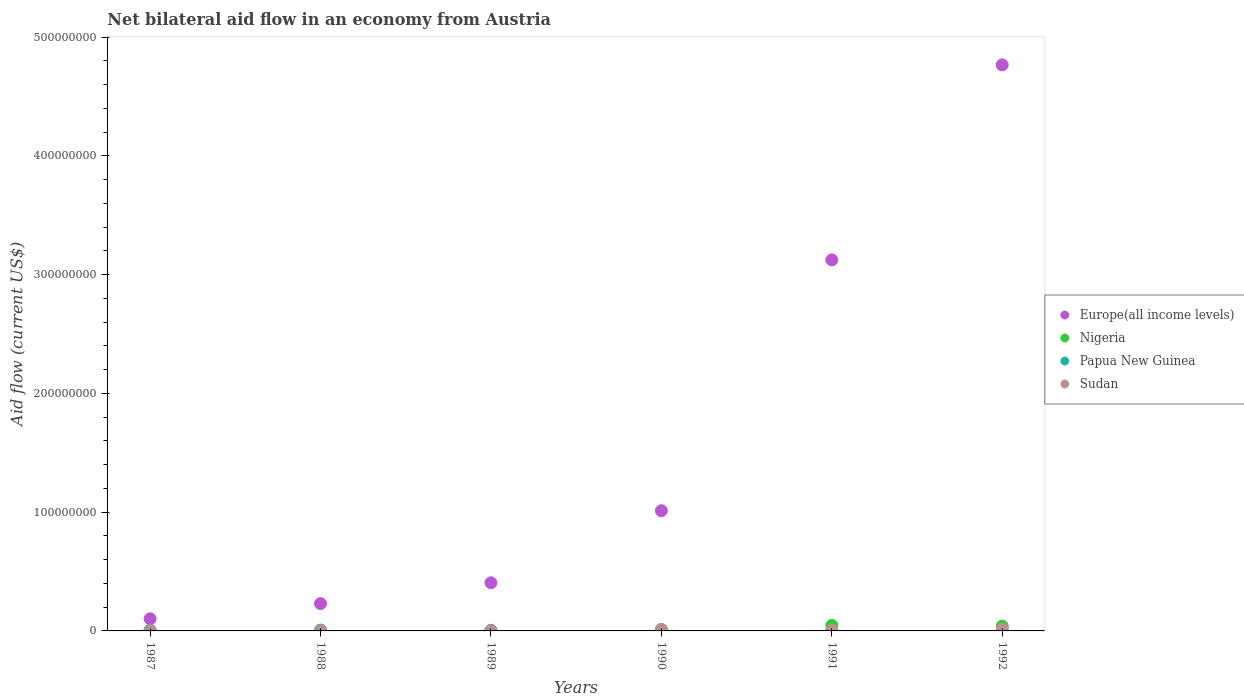
| Years | Europe(all income levels) | Nigeria | Papua New Guinea | Sudan |
 | --- | --- | --- | --- | --- |
 | 1987 | 1.02e+07 | 6.7e+05 | 6.4e+05 | 1.6e+05 |
 | 1988 | 2.3e+07 | 6.6e+05 | 5.4e+05 | 2.5e+05 |
 | 1989 | 4.05e+07 | 2.5e+05 | 5.2e+05 | 3.1e+05 |
 | 1990 | 1.01e+08 | 1.24e+06 | 5.7e+05 | 1.15e+06 |
 | 1991 | 3.12e+08 | 4.63e+06 | 4.2e+05 | 6e+05 |
 | 1992 | 4.77e+08 | 4.07e+06 | 5.4e+05 | 1.61e+06 |